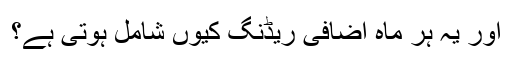
اور یہ ہر ماہ اضافی ریڈنگ کیوں شامل ہوتی ہے؟